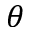
\theta